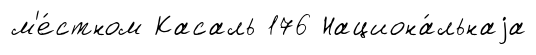
м'е́стном Касаль 176 Национа́льнаjа